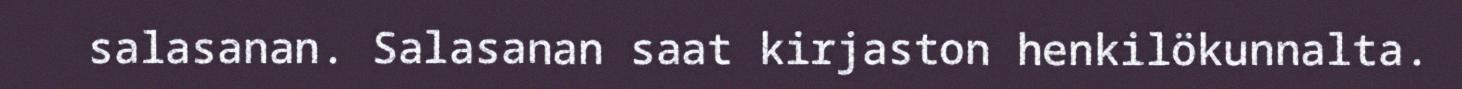
salasanan. Salasanan saat kirjaston henkilökunnalta.